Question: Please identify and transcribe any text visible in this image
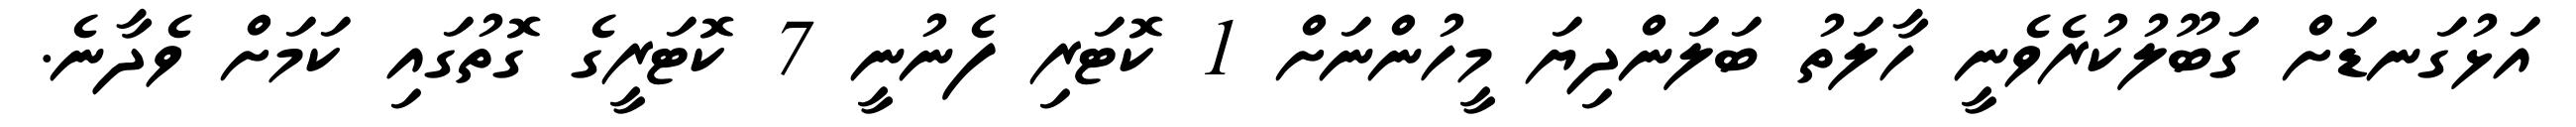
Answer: އަޅުގަނޑަށް ގަބޫލުކުރެވެނީ ހާލަތު ބަލަންދިޔަ މީހުންނަށް 1 ކޮޓަރި ފެނުނީ 7 ކޮޓަރީގެ ގޮތުގައި ކަމަށް ވެދާނެ.